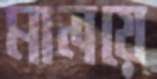
মালয়ে